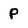
Character: P